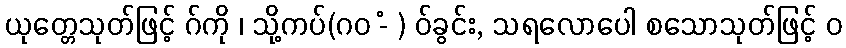
ယုတ္တေသုတ်ဖြင့် ဂ်ကို ၊ သို့ကပ်(ဂဝ -ံ ) ဝ်ခွင်း, သရလောပေါ စသောသုတ်ဖြင့် ဝ